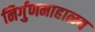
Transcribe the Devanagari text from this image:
निर्गुणमाहात्म्य